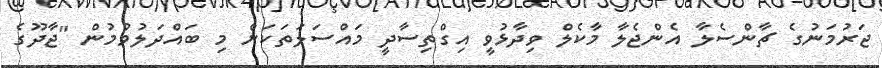
ޖަރުމަނުގެ ޗާންސެލާ އެންޖެލާ މާކެލް ވިދާޅުވީ އިގްތިސާދީ މައްސަލަތަކަށް މި ބައްދަލުވުމުން "ޖާދޫގެ